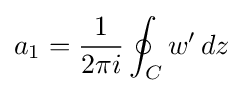
a_{1}={\frac {1}{2\pi i}}\oint _{C}w'\,dz